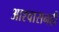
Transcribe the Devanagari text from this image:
आश्वासनही